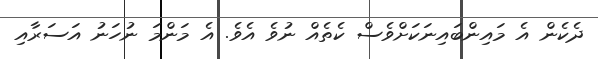
ދެކެން އެ މައިންބައިނަކަށްވެސް ކެތެއް ނުވެ އެވެ. އެ މަންމަ ނުހަނު އަސަރާއި